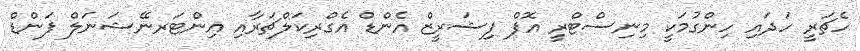
ހެޗަރީ ހަދައި ހިންގުމަކީ މިނިސްޓްރީ އޮފް ފިޝަރީޒް އެންޑް އެގްރިކަލްޗަރާއި އިންޓަރނޭޝަނަލް ފަންޑް